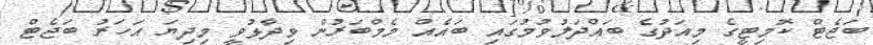
ބަޖެޓް ކޮމިޓީގެ މިއަދުގެ ބައްދަލުވުމުގައި ބައެއް މެމްބަރުން ވިދާޅުވީ މިދިޔަ އަހަރު ބަޖެޓް